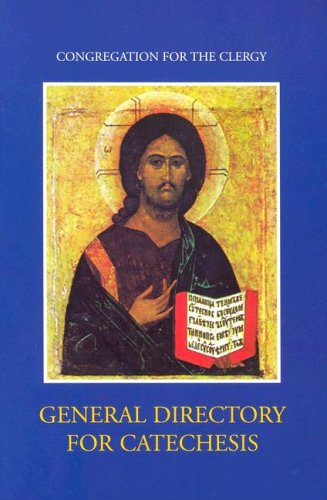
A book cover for General Directory for Catechesis; Congregation For The Clergy; Reference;